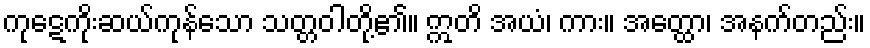
ကုဋေကိုးဆယ်ကုန်သော သတ္တဝါတို့၏။ ဣတိ အယံ၊ ကား။ အတ္ထော၊ အနက်တည်း။